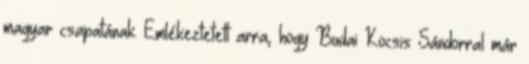
magyar csapatának. Emlékeztetett arra, hogy Budai Kocsis Sándorral már